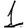
Digit: 1